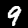
Label: 9